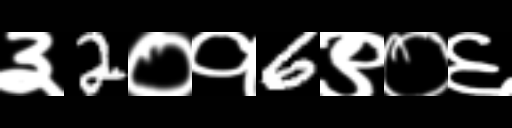
Text: ३2०१6९०६